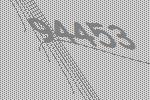
94453